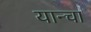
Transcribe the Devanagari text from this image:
यान्चा